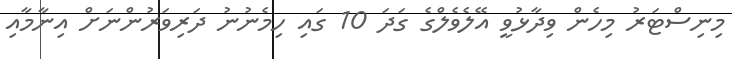
މިނިސްޓަރު މިހެން ވިދާޅުވީ އޭލެވެލްގެ ގަދަ 10 ގައި ހިމެނުނު ދަރިވަރުންނަށް އިނާމާއި